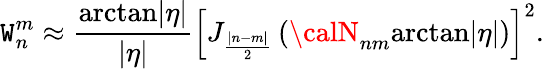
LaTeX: \mathtt{W}_{n}^{m}\approx\frac{{\mathrm{{arctan}}|\eta|}}{{|\eta|}}\left[J_{\frac{{|n-m|}}{2}}\left({\calN}_{nm}\mathrm{{arctan}}|\eta|\right)\right]^{2}.